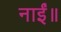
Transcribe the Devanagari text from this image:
नाईं॥